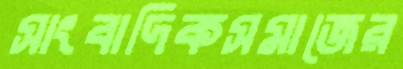
সাংবাদিকসমাজের